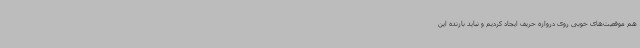
هم موقعیت‌های خوبی روی دروازه حریف ایجاد کردیم و نباید بازنده این